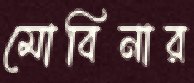
মোবিনার